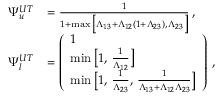
\begin{array} { r l } { \Psi _ { u } ^ { U T } } & { = \frac { 1 } { 1 + \operatorname* { m a x } \big [ \Lambda _ { 1 3 } + \Lambda _ { 1 2 } ( 1 + \Lambda _ { 2 3 } ) , \, \Lambda _ { 2 3 } \big ] } \, , } \\ { \Psi _ { l } ^ { U T } } & { = \left( \begin{array} { l } { 1 } \\ { \operatorname* { m i n } \big [ 1 , \, \frac { 1 } { \Lambda _ { 1 2 } } \big ] } \\ { \operatorname* { m i n } \big [ 1 , \, \frac { 1 } { \Lambda _ { 2 3 } } , \, \frac { 1 } { \Lambda _ { 1 3 } + \Lambda _ { 1 2 } \Lambda _ { 2 3 } } \big ] } \end{array} \right) \, , } \end{array}